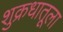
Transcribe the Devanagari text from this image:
शुक्रधातूला